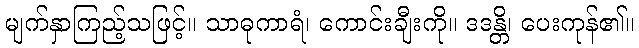
မျက်နှာကြည့်သဖြင့်။ သာဓုကာရံ၊ ကောင်းချီးကို။ ဒဒန္တိ၊ ပေးကုန်၏။